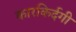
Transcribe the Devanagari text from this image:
कारकिर्दगी